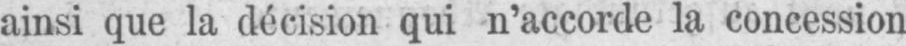
ainsi que la décision qui n’accorde la concession